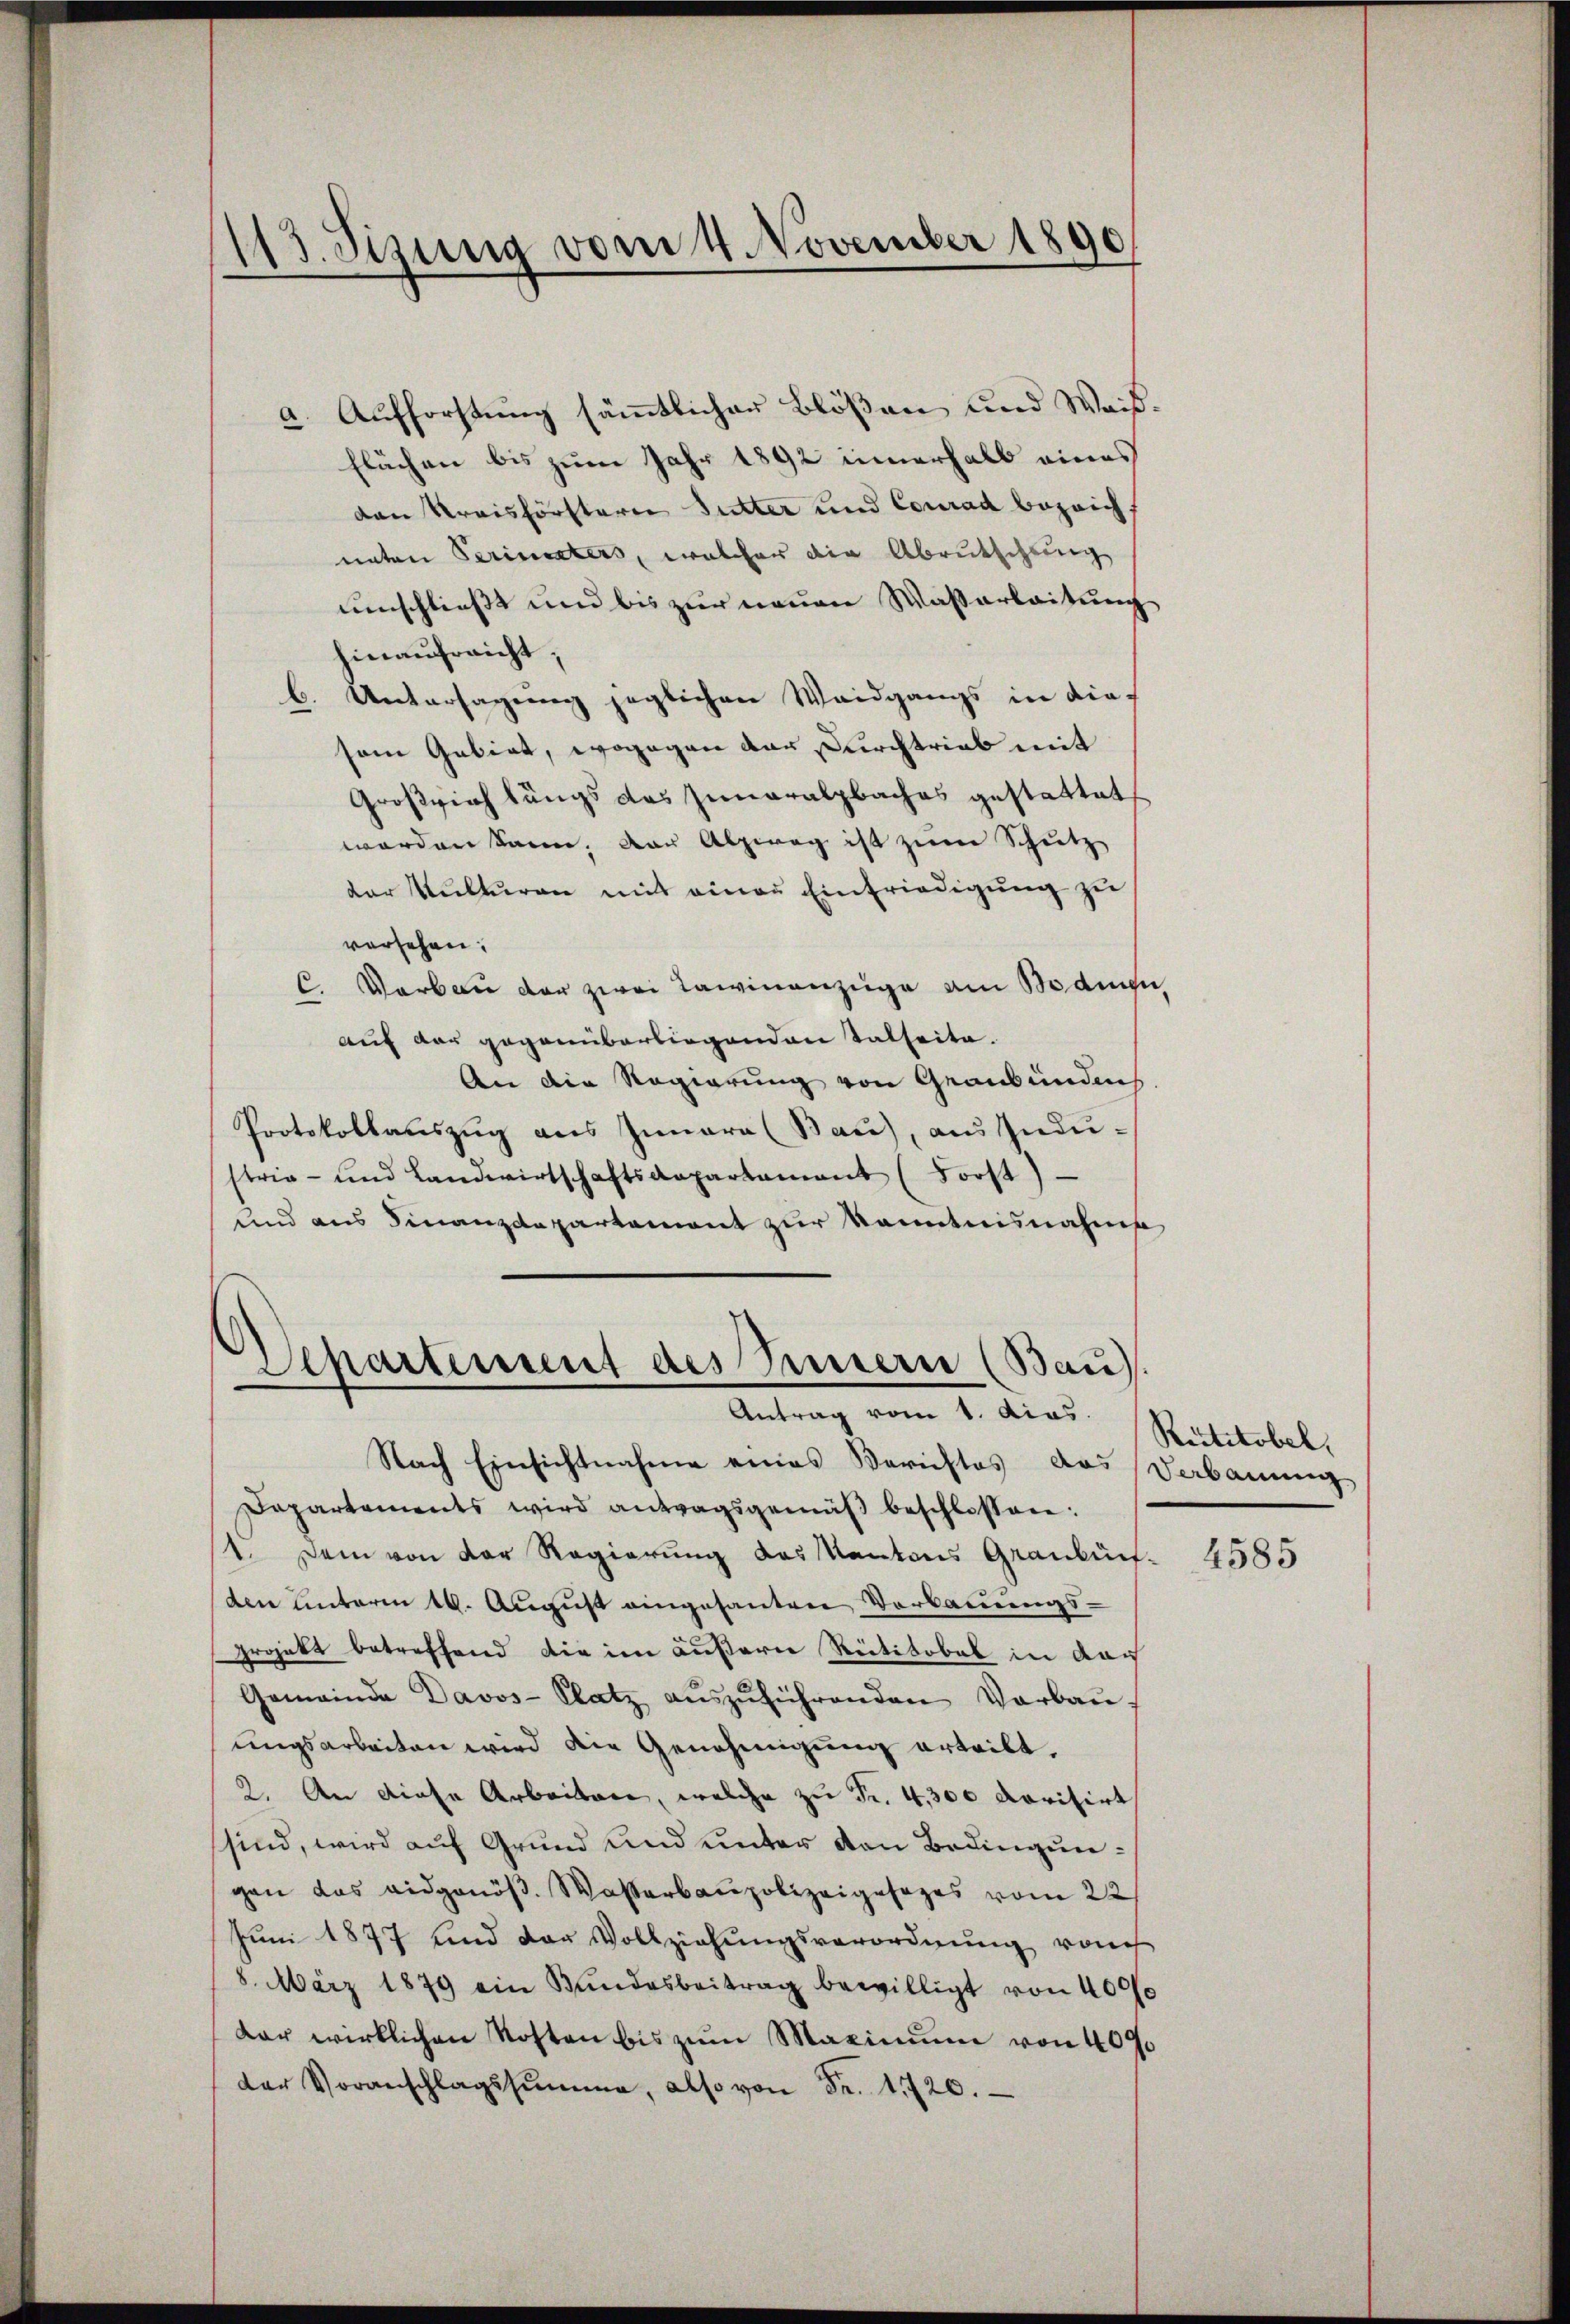
113. Sizung vom 4. November 1890

a. Aufforstung sämmtlichen Blößen und Weis¬
Flächen bis zum Jahr 1892 innerhalb eines
den Kreisförstern Sutter und Conrad bezeicht
uaten Perinters, welcher die Abrutschlung
umschließt und bis zur neuen Wassarbeitung
hinausreicht,
b. Untersagung jeglichen Waidgangs in die
sem Gebiet, wogegen dar Durchtrieb mit
Großrich längs das Zunaralzbaches gestattet
worden kann, das Abzweg ist zum Schutz
dor Kulturen mit einen Einfriedigung zu
vorsehen.
C. Verbau der zwei Lawinenzüge am Bodigu
auf der gegenüberliegenden Tatseite.
An die Regierung von Graubünden
Protokollauszug aus Innern (Bau), aus Industria- und Landwirtschaftsaepartamant (Forst)
und aus Finanzdepartement zur Kenntnisnahme

Departement des Sennern (Bau).
Antrag vom 1. dies

Nach Einsichtnahme eines Berichtes das Verbauung
Dapartements wird antragsgemäβ beschlossen:
1. Dem von der Regierung des Kantons Graubünf-
den unterm 16. August eingesanten Verbauungs-
projekt betreffend die im äußern Reititobel in darf
Gemeinde Davos- Platz aŭszŭführenden Verbau-
ungsarbeiten wird die Genehmigung erteibt,
2. An diese Arbeiten, welche zu Fr. 4,300 Novitirt
sind, wird auf Grund und unter den Bedingungan das eidgenöβ. Wasserbaupolizeigesezes vom 22
Juni 1877 und der Vollziehungsverordnung von
8. März 1879 ein Bŭndesbeitrag bewilligt von 4000
dar wirklichen Kosten bis zŭm Maximum von 409
der Voranschlagssumme, also von Fr. 1720.

Reitstobel,

4585